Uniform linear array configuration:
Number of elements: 12
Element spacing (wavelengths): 1
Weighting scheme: kaiser
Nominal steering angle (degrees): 0
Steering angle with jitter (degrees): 1.425
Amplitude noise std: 0.05
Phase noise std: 0.05

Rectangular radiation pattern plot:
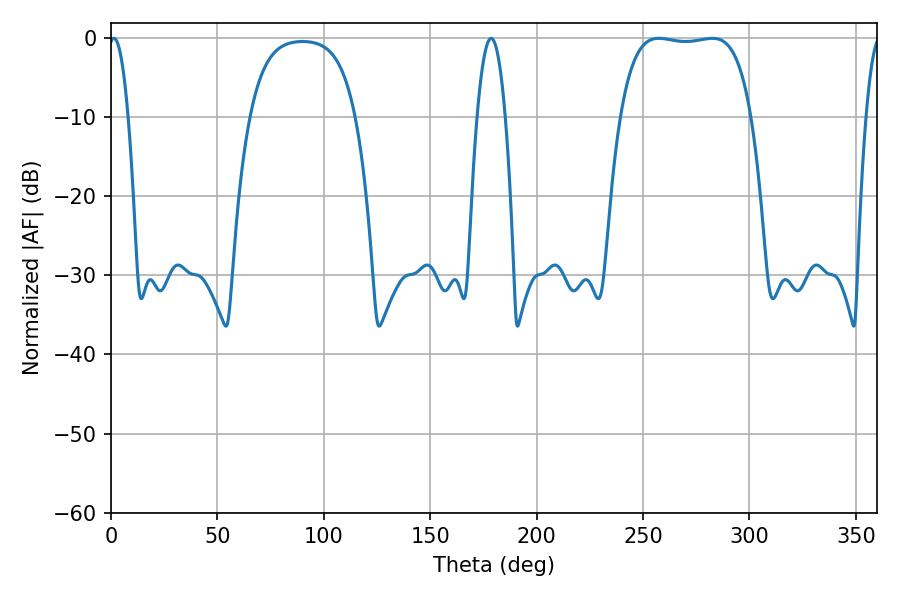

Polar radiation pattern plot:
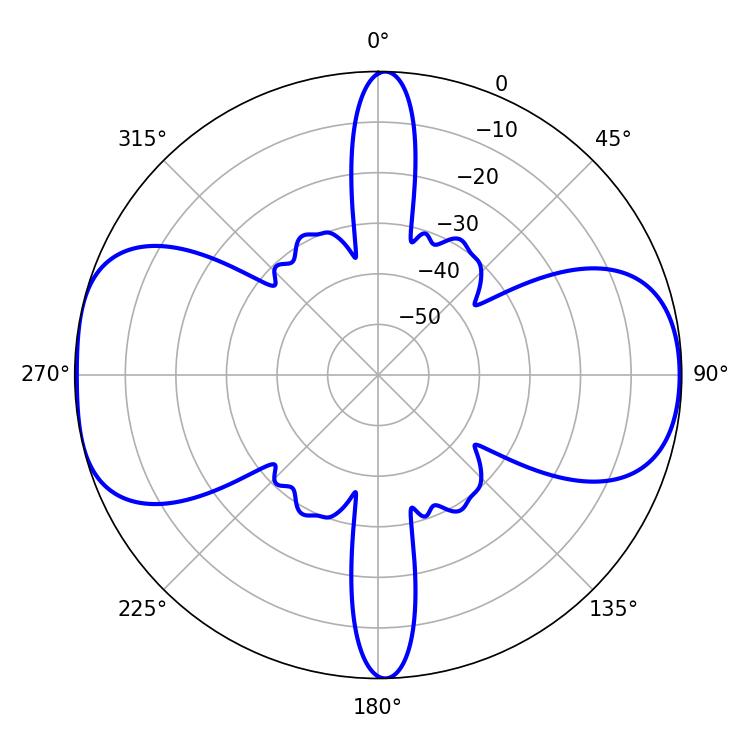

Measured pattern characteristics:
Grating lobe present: TRUE
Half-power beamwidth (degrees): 48.6
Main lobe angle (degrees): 257.4